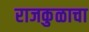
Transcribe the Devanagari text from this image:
राजकुळाचा